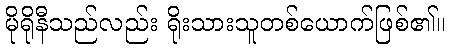
မိုရိုနီသည်လည်း ရိုးသားသူတစ်ယောက်ဖြစ်၏။